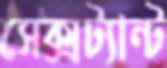
সেক্সট্যান্ট